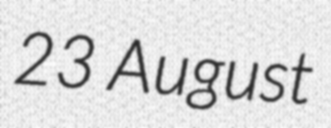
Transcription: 23 August